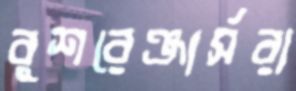
বুশরেঞ্জার্সরা